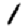
Digit: 1